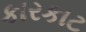
કારકાટ